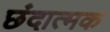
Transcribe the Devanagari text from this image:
छंदात्मक